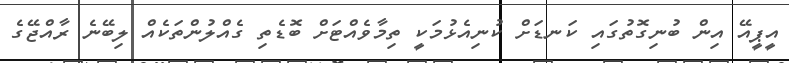
އީޕީއޭ އިން ބުނިގޮތުގައި ކަނޑަށް ކުނިއެޅުމަކީ ތިމާވެއްޓަށް ބޮޑެތި ގެއްލުންތަކެއް ލިބޭނެ ރާއްޖޭގެ